Annual returns of the Patna Lunatic Asylum at Bankipore in Bihar and Orissa - 1912-1924
Year: 1912
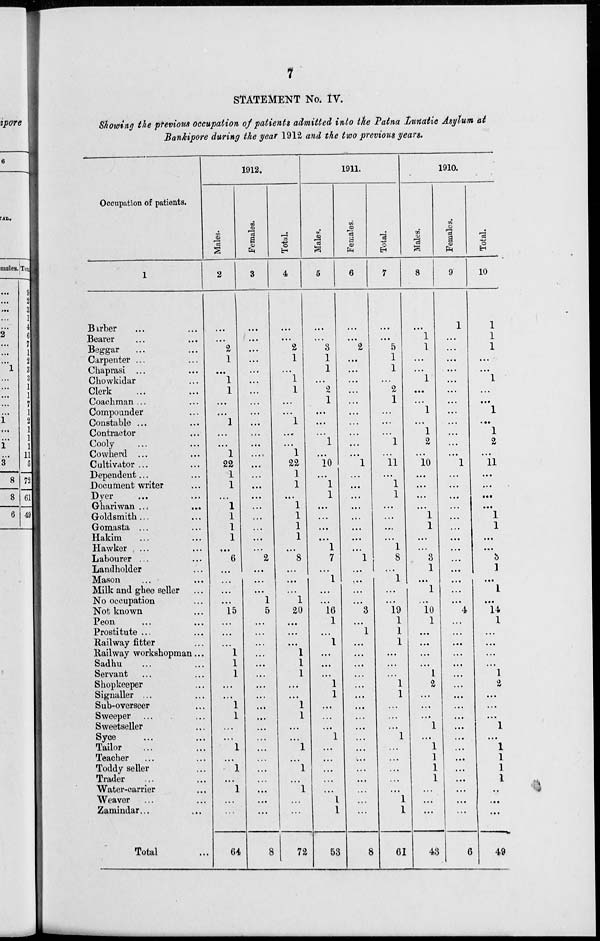
7
STATEMENT No. IV.
Showing the previous occupation of patients admitted into the Patna Lunatic Asylum at
Bankipore during the year 1912 and the two previous years.
Occupation of patients.
1
Barber ... ...
Bearer ... ...
Beggar ... ...
Carpenter ... ...
Chaprasi ... ...
Chowkidar ...
Clerk ... ...
Coachman ... ...
Compounder ...
Constable ...
...
Contractor ...
Cooly ... ...
Cowherd ... ...
Cultivator ... ...
Dependent ... ...
Document writer ...
Dyer ... ...
Ghariwan ... ...
Goldsmith ... ...
Gomasta ... ...
Hakim ... ...
Hawker ... ...
Labourer ... ...
Landholder ...
Mason ... ...
Milk and ghee seller ...
No occupation ...
Not known ...
Peon ... ...
Prostitute ... ...
Railway fitter ...
Railway workshopman ...
Sadhu ... ...
Servant ... ...
Shopkeeper ... ...
Signaller ... ...
Sub-overseer ...
Sweeper ... ...
Sweetseller ...
Syce ... ...
Tailor ... ...
Teacher ... ...
Toddy seller ...
Trader ... ...
Water-carrier ...
Weaver ... ...
Zamindar... ...
Total ...
1912.
Males.
2
...
...
2
1
...
1
1
...
...
1
...
...
1
22
1
1
...
1
1
1
1
...
6
...
...
...
...
15
...
...
...
1
1
1
...
...
1
1
...
...
1
...
1
...
1
...
...
64
Females.
3
...
...
...
...
...
...
...
...
...
...
...
...
....
...
...
...
...
...
...
...
...
...
2
...
...
...
1
5
...
...
...
...
...
...
...
...
...
...
...
...
...
...
...
...
...
...
...
8
Total.
4
...
...
2
1
...
1
1
...
...
1
...
...
1
22
1
1
...
1
1
1
1
...
8
...
...
...
1
20
...
...
...
1
1
1
...
...
1
1
...
...
1
...
1
...
1
...
...
72
1911.
Males.
5
...
...
3
1
1
...
2
1
...
...
...
1
...
10
...
1
1
...
...
...
...
1
7
...
1
...
...
16
1
...
1
...
...
...
1
1
...
...
...
1
...
...
...
...
...
1
1
53
Females.
6
...
...
2
...
...
...
...
...
...
...
...
...
...
1
...
...
...
...
...
...
...
...
1
...
...
...
...
3
...
1
...
...
...
...
...
...
...
...
...
...
...
...
...
...
...
...
...
8
Total.
7
...
...
5
1
1
...
2
1
...
...
...
1
...
11
...
1
1
...
...
...
...
1
8
...
1
...
...
19
1
1
1
...
...
...
1
1
...
...
...
1
...
...
...
...
...
1
1
61
1910.
Males.
8
...
1
1
...
...
1
...
...
1
...
1
2
...
10
...
...
...
...
1
1
...
...
3
1
...
1
...
10
1
...
...
...
...
1
2
...
...
...
1
...
1
1
1
1
...
...
...
43
Females.
9
1
...
...
...
...
...
...
...
...
...
...
...
...
1
...
...
...
...
...
...
...
...
...
...
...
...
...
4
...
...
...
...
...
...
...
...
...
...
...
...
...
...
...
...
...
...
...
6
Total.
10
1
1
1
...
...
1
...
...
1
...
1
2
...
11
...
...
...
...
1
1
...
...
3
1
...
1
...
14
1
...
...
...
...
1
2
...
...
...
1
...
1
1
1
1
...
...
...
49